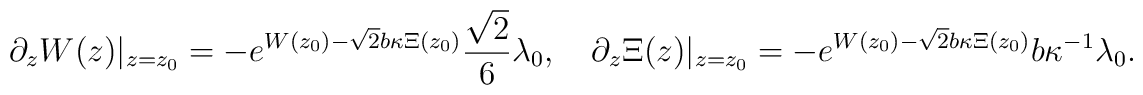
\partial_z W(z) \vert_{z=z_0}=-e^{W(z_0)-\sqrt{2}b \kappa \Xi(z_0)} \frac{\sqrt{2}}{6} \lambda_0,\quad \partial_z \Xi(z) \vert_{z=z_0}=-  e^{W(z_0)-\sqrt{2}b \kappa \Xi(z_0)}b \kappa^{-1} \lambda_0.